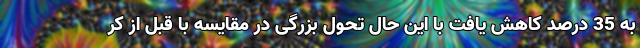
به 35 درصد کاهش یافت با این حال تحول بزرگی در مقایسه با قبل از کر